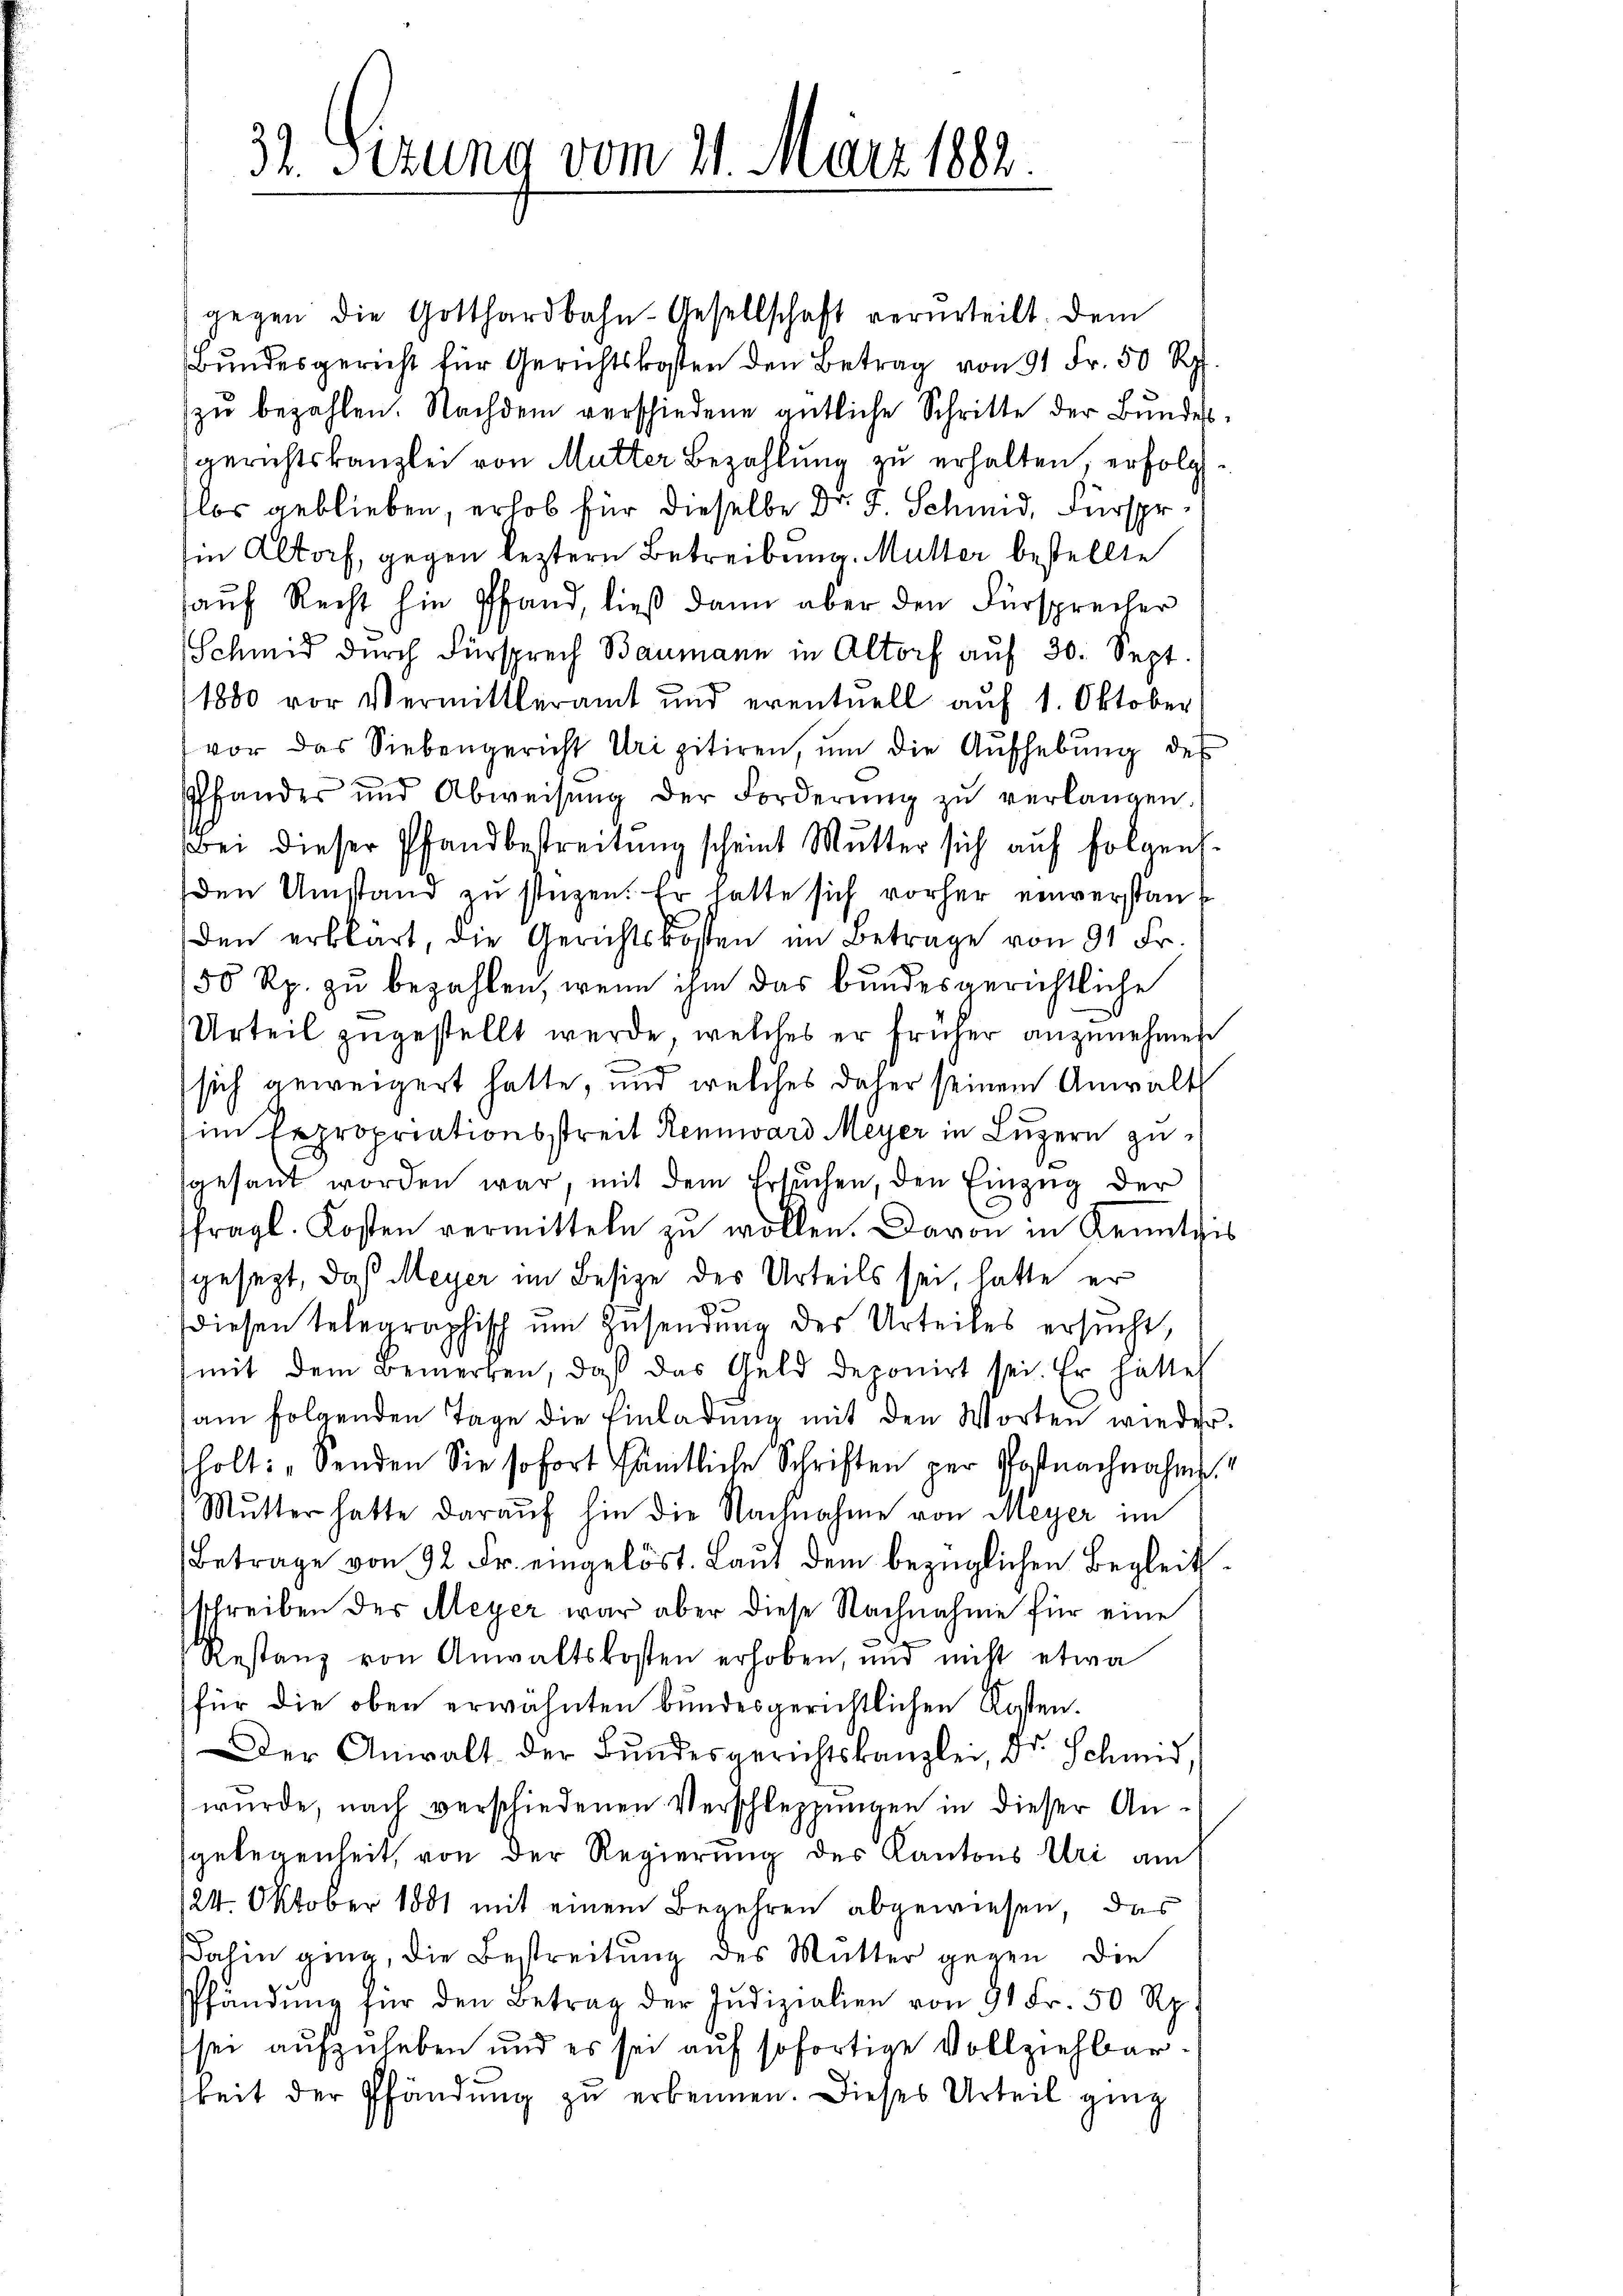
32. Sizung vom 21. März 1882.

gegen die Gotthardbahn-Gesellschaft verurteilt. Dem
Bŭndesgericht für Gerichtskosten den Betrag von 91 Fr. 50 Rp.
zŭ bezahlen. Nachdem verschiedene gütliche Schritte der Bundesgerichtskanzlei von Mutter Bezahlung zu erhalten, erfolg
flos geblieben, erhob für dieselbe Dr. F. Schmid, Fürspr.
Im Altorf, gegen leztern Betreibung Mutter bestellte
auf Recht hin Pfand, ließ dann aber den Fürsprecher
Schmid durch Fürsprech Baumann in Altorf auf 30. Sept.
1800 vor Vermittleramt und eventuell auf 1. Oktober
vor das Siebengericht Uripitiren, ŭm die Aufhebŭng des
Pfandes und Abweisŭng der Forderŭng zŭ verlangen.
Bei dieser Pfandbestreitŭng scheint Mutter sich auf folgens-
den Umstand zu stüzen. Er hatte sich vorher einverstanden erklärt, die Gerichtskosten im Betrage von 91 Fr.
50 Rp. zu bezahlen, wenn ihm das bundesgerichtliche
Urteil zugestellt werde, welches er früher anzunehmen
sich geweigert hatte, und welches daher seinem Anwalt
im Expropriationsstreit Rennward Meyer in Luzern zugesant worden war, mit dem Ersuchen, den Einzŭg der
fragl. Kosten vermitteln zu wollen. Davon in Kenntnis
gesezt, daß Meyer im Besize des Urteils sei, hatte er
diesen telegraphisch um Zusendung des Urteiles ersucht,
mit dem Bemerken, daß das Geld deponirt sei. Er hätte
am folgenden Tage die Einladung mit den Worten wieder.
sholt: „Senden Sie sofort sämtliche Schriften per Postnachnahme
Mŭtter hatte daraŭf hin die Nachnahme von Meyer im
Betrage von 92 Fr. eingelöst. Laut dem bezüglichen Begleitsschreiben der Meyer war aber diese Nachnahme für eine
Restanz von Anwaltskosten erhoben, und nicht etwa
für die oben erwähnten bundesgerichtlichen Kosten.
Der Anwalt der Bundesgerichtskanzlei, Dr. Schmid,
würde, nach verschiedenen Verschleppungen in dieser Angelegenheit, von der Regierung des Kantons Uri am
124. Oktober 1881 mit einem Begehren abgewiesen, das
Dahin ging, die Bestreitung des Mutter gegen die
Pfändung für den Betrag der Indizialien von 91 Fr. 50 Rp.
sei aufzuheben und es sei auf sofortige Vollziehbarkeit der Pfändung zu erkennen. Dieses Urteil ging